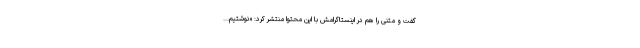
گفت و متنی را هم در اینستاگرامش با این محتوا منتشر کرد: «نوشتیم...